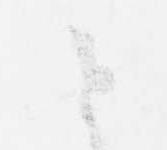
と